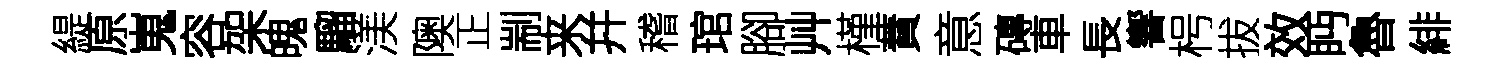
緹原嵬容架魄騮渼隩正剬来幷稽琯腳艸槿蕡意磚車長響枵拔效眄魯緋